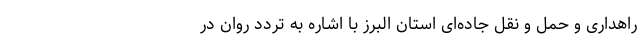
راهداری و حمل و نقل جاده‌ای استان البرز با اشاره به تردد روان در